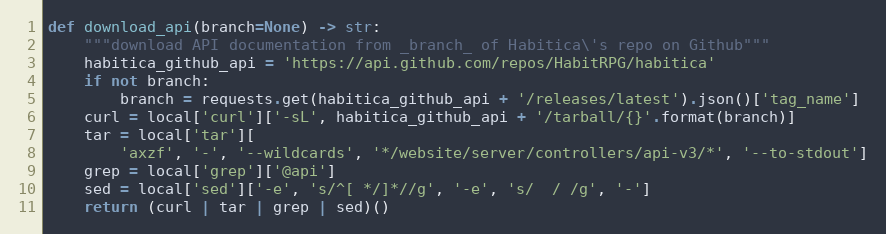
Language: Python
def download_api(branch=None) -> str:
    """download API documentation from _branch_ of Habitica\'s repo on Github"""
    habitica_github_api = 'https://api.github.com/repos/HabitRPG/habitica'
    if not branch:
        branch = requests.get(habitica_github_api + '/releases/latest').json()['tag_name']
    curl = local['curl']['-sL', habitica_github_api + '/tarball/{}'.format(branch)]
    tar = local['tar'][
        'axzf', '-', '--wildcards', '*/website/server/controllers/api-v3/*', '--to-stdout']
    grep = local['grep']['@api']
    sed = local['sed']['-e', 's/^[ */]*//g', '-e', 's/  / /g', '-']
    return (curl | tar | grep | sed)()